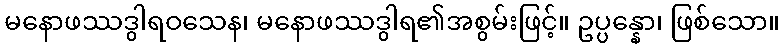
မနောဖဿဒွါရဝသေန၊ မနောဖဿဒွါရ၏အစွမ်းဖြင့်။ ဥပ္ပန္နော၊ ဖြစ်သော။